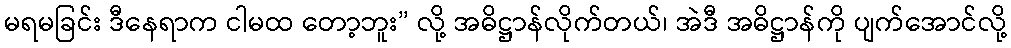
မရမခြင်း ဒီနေရာက ငါမထ တော့ဘူး” လို့ အဓိဋ္ဌာန်လိုက်တယ်၊ အဲဒီ အဓိဋ္ဌာန်ကို ပျက်အောင်လို့